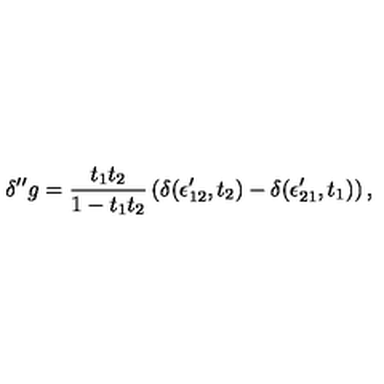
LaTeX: \delta ^ { \prime \prime } g = { \frac { t _ { 1 } t _ { 2 } } { 1 - t _ { 1 } t _ { 2 } } } \left( \delta ( \epsilon _ { 1 2 } ^ { \prime } , t _ { 2 } ) - \delta ( \epsilon _ { 2 1 } ^ { \prime } , t _ { 1 } ) \right) ,